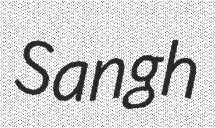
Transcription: Sangh